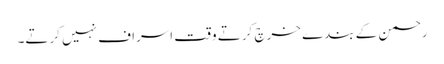
رحمن کے بندے خرچ کرتے وقت اسراف نہیں کرتے۔